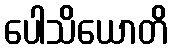
ပေါသိယောတိ